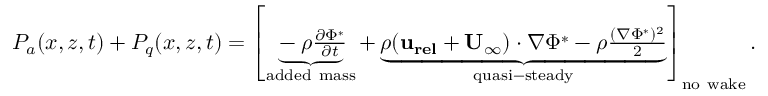
\begin{array} { r } { P _ { a } ( x , z , t ) + P _ { q } ( x , z , t ) = \left[ \underbrace { - \rho \frac { \partial \Phi ^ { * } } { \partial t } } _ { \mathrm { a d d e d ~ m a s s } } + \underbrace { \rho ( \mathbf { u _ { r e l } } + \mathbf { U _ { \infty } } ) \cdot \nabla \Phi ^ { * } - \rho \frac { ( \nabla \Phi ^ { * } ) ^ { 2 } } { 2 } } _ { \mathrm { q u a s i - s t e a d y } } \right] _ { \mathrm { n o ~ w a k e } } . } \end{array}